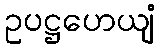
ဥပဋ္ဌဟေယျံ